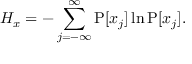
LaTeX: H _ { x } = - \sum _ { j = - \infty } ^ { \infty } \operatorname { P } [ x _ { j } ] \ln \operatorname { P } [ x _ { j } ] .